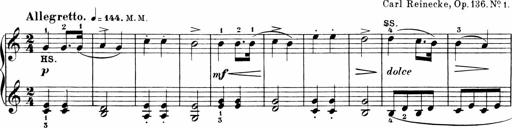
Title: Sonatinen Op.47, 98 und 136, nebst 6 Liedersonatinen
Composer: Carl Reinecke